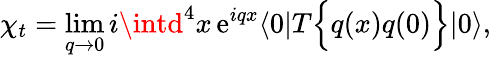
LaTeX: \chi_{t}=\operatorname*{lim}_{q\rightarrow0}i\intd^{4}x\, \mathrm{e}^{iqx}\langle{0}|T\Bigl\{ {q(x)q(0)}\Bigr\} |{0}\rangle,